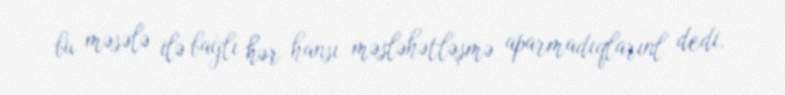
bu məsələ ilə bağlı hər hansı məsləhətləşmə aparmadıqlarınl dedi.